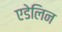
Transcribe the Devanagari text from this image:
एडेलिन